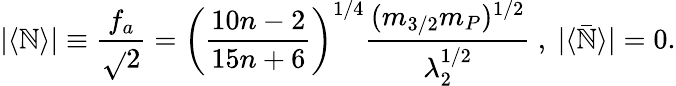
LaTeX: \vert\langle\mathbb{N}\rangle\vert\equiv\frac{{f_{a}}}{{\sqrt{}{{2}}}}=\left(\frac{{10n-2}}{{15n+6}}\right)^{1/4}\frac{{(m_{3/2}m_{P})^{1/2}}}{{\lambda_{2}^{1/2}}}~,~\vert\langle\bar{{\mathbb{N}}}\rangle\vert=0.